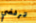
ترفضي